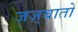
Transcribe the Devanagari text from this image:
जज़्बातों